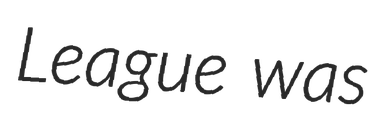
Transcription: League was